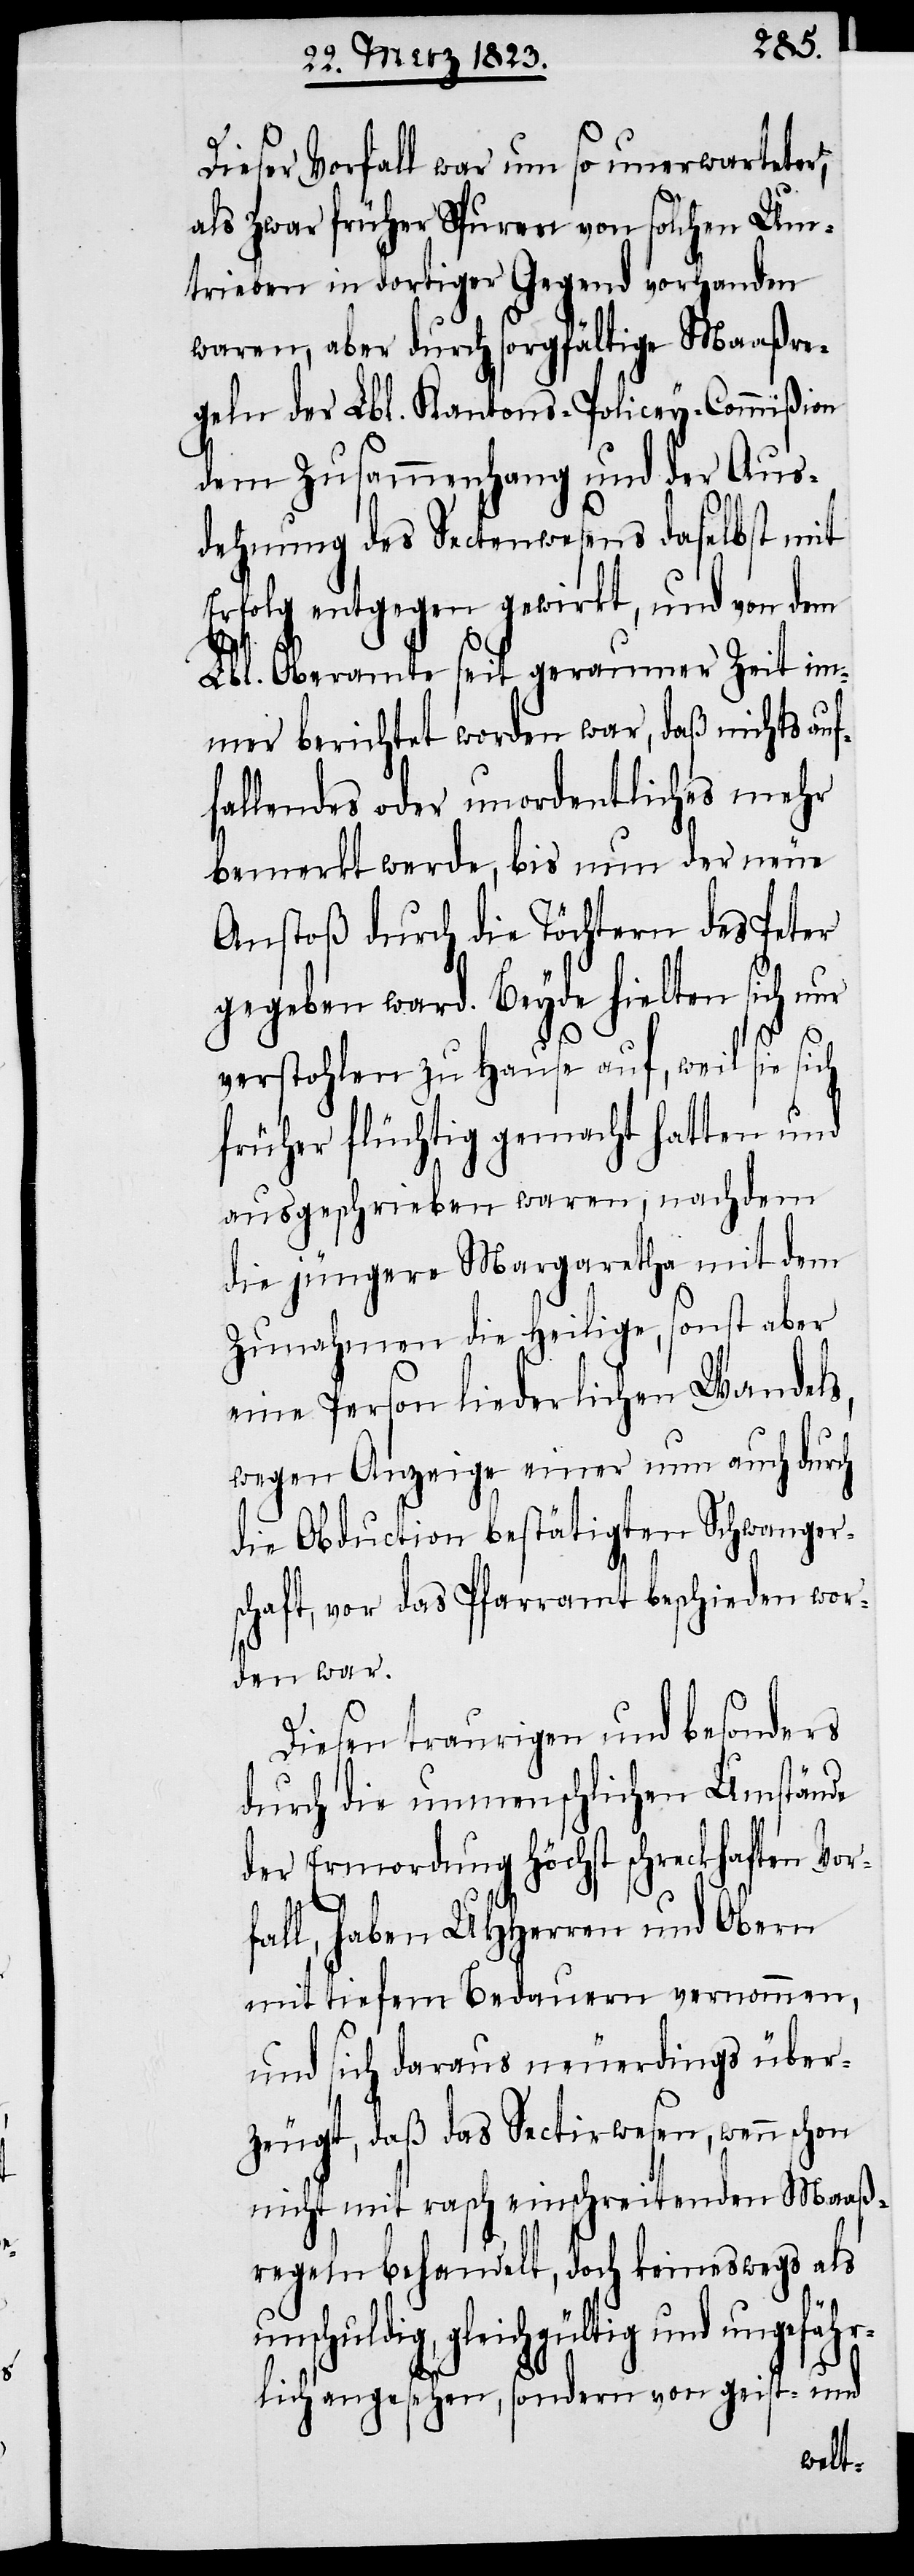
Dieser Vorfall war um so unerwarteter,
als zwar früher Spuren von solchen Um¬
trieben in dortiger Gegend vorhanden
waren, aber durch sorgfältige Maaßre¬
geln der Lbl. Kantons-Policey-Commißion
dem Zusammenhang und der Aus¬
dehnung des Sectenwesens daselbst mit
Erfolg entgegen gewirkt, und von dem
Lbl. Oberamte seit geraumer Zeit im¬
mer berichtet worden war, daß nichts au¬
fallendes oder unordentliches mehr
bemerkt werde, bis nun der neue
Anstoß durch die Töchtern des Peter
gegeben ward. Beyde hielten sich nur
f¬
verstohlen zu Hause auf, weil sie sich
früher flüchtig gemacht hatten und
ausgeschrieben waren, nachdem
die jüngere Margaretha mit dem
Zunahmen die Heilige, sonst aber
eine Person liederlichen Wandels,
wegen Anzeige einer nun auch durch
die Obduction bestätigten Schwanger¬
schaft, vor das Pfarramt beschieden wor¬
den war.
Diesen traurigen und besonders
durch die unmenschlichen Umstände
der Ermordung höchst schreckhaften Vor¬
fall, haben UHHerren und Obern
mit tiefem Bedauern vernommen,
und sich daraus neuerdings über¬
zeugt, daß das Sectirwesen, wenn schon
nicht mit rasch einschreitenden Maaß¬
regeln behandelt, doch keineswegs als
gleichgültig und ungefäh¬
rlich angesehen, sondern von geist- und